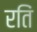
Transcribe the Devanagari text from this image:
रतिं